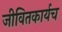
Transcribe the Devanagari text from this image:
जीवितकार्यच